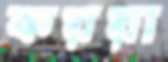
কয়য়া